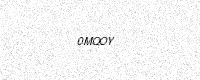
Text: 0MQOY